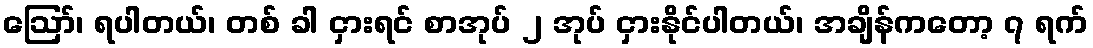
ဪ၊ ရပါတယ်၊ တစ် ခါ ငှားရင် စာအုပ် ၂ အုပ် ငှားနိုင်ပါတယ်၊ အချိန်ကတော့ ၇ ရက်